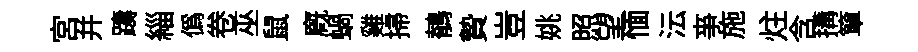
宮幷躊緇僞卷巫鼠廐蝸雞掃鶺贄豈姚照望愐沄亊施炷含搆簞